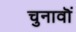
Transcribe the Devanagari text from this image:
चुनावॊं